Report of the Indian Hemp Drugs Commission, 1894-1895 - Volume IV
Year: 1894
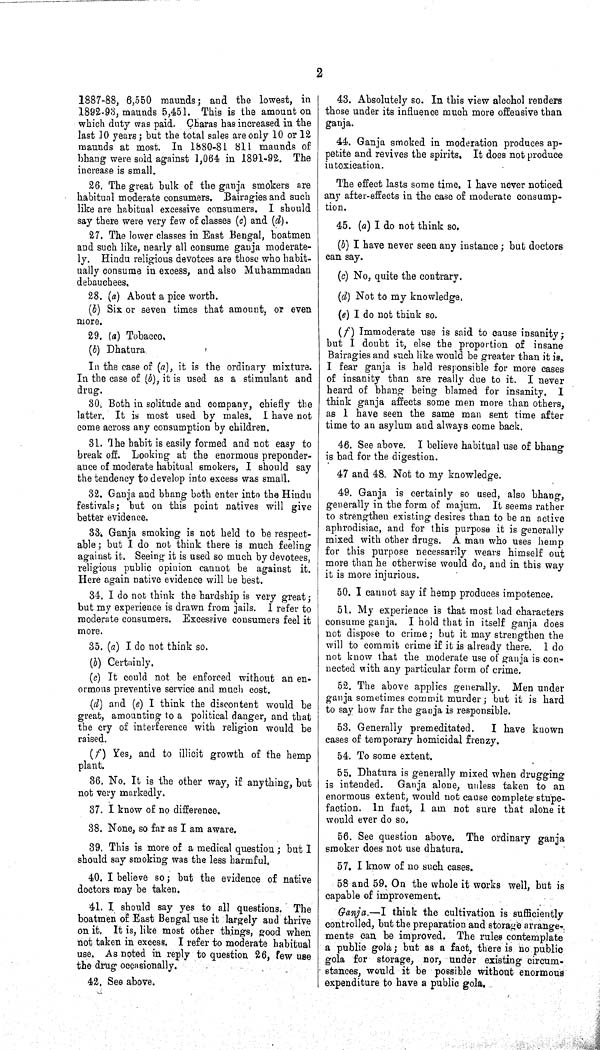
2
1887-88, 6,550 maunds; and the lowest, in
1892-93, maunds 5,451. This is the amount on
which duty was paid. Charas has increased in the
last 10 years; but the total sales are only 10 or 12
maunds at most. In 1880-81 811 maunds of
bhang were sold against 1,064 in 1891-92. The
increase is small.
26. The great bulk of the ganja smokers are
habitual moderate consumers. Bairagies and such
like are habitual excessive consumers. I should
say there were very few of classes (c) and (d).
27. The lower classes in East Bengal, boatmen
and such like, nearly all consume ganja moderate-
ly. Hindu religious devotees are those who habit-
ually consume in excess, and also Muhammadan
debauchees.
28. (a) About a pice worth.
(b) Six or seven times that amount, or even
more.
29. (a) Tobacco.
(b) Dhatura.
In the case of (a), it is the ordinary mixture.
In the case of (b), it is used as a stimulant and
drug.
30. Both in solitude and company, chiefly the
latter. It is most used by males. I have not
come across any consumption by children.
31. The habit is easily formed and not easy to
break off. Looking at the enormous preponder-
ance of moderate habitual smokers, I should say
the tendency to develop into excess was small.
32. Ganja and bhang both enter into the Hindu
festivals; but on this point natives will give
better evidence.
33. Ganja smoking is not held to be respect-
able; but I do not think there is much feeling
against it. Seeing it is used so much by devotees,
religious public opinion cannot be against it.
Here again native evidence will be best.
34. I do not think the hardship is very great;
but my experience is drawn from jails. I refer to
moderate consumers. Excessive consumers feel it
more.
35. (a) I do not think so.
(b) Certainly.
(c) It could not be enforced without an en-
ormous preventive service and much cost.
(d) and (e) I think the discontent would be
great, amounting to a political danger, and that
the cry of interference with religion would be
raised.
(f) Yes, and to illicit growth of the hemp
plant.
36. No. It is the other way, if anything, but
not very markedly.
37. I know of no difference.
38. None, so far as I am aware.
39. This is more of a medical question; but I
should say smoking was the less harmful.
40. I believe so; but the evidence of native
doctors may be taken.
41. I should say yes to all questions. The
boatmen of East Bengal use it largely and thrive
on it. It is, like most other things, good when
not taken in excess. I refer to moderate habitual
use. As noted in reply to question 26, few use
the drug occasionally.
42. See above.
43. Absolutely so. In this view alcohol renders
those under its influence much more offensive than
ganja.
44. Ganja smoked in moderation produces ap-
petite and revives the spirits. It does not produce
intoxication.
The effect lasts some time. I have never noticed
any after-effects in the case of moderate consump-
tion.
45. (a) I do not think so.
(b) I have never seen any instance; but doctors
can say.
(c) No, quite the contrary.
(d) Not to my knowledge.
(e) I do not think so.
(f) Immoderate use is said to cause insanity;
but I doubt it, else the proportion of insane
Bairagies and such like would be greater than it is.
I fear ganja is held responsible for more cases
of insanity than are really due to it. I never
heard of bhang being blamed for insanity. I
think ganja affects some men more than others,
as I have seen the same man sent time after
time to an asylum and always come back.
46. See above. I believe habitual use of bhang
is bad for the digestion.
47 and 48. Not to my knowledge.
49. Ganja is certainly so used, also bhang,
generally in the form of majum. It seems rather
to strengthen existing desires than to be an active
aphrodisiac, and for this purpose it is generally
mixed with other drugs. A man who uses hemp
for this purpose necessarily wears himself out
more than he otherwise would do, and in this way
it is more injurious.
50. I cannot say if hemp produces impotence.
51. My experience is that most bad characters
consume ganja. I hold that in itself ganja does
not dispose to crime; but it may strengthen the
will to commit crime if it is already there. I do
not know that the moderate use of ganja is con-
nected with any particular form of crime.
52. The above applies generally. Men under
ganja sometimes commit murder; but it is hard
to say how far the ganja is responsible.
53. Generally premeditated.
I have known
cases of temporary homicidal frenzy.
54. To some extent.
55. Dhatura is generally mixed when drugging
is intended. Ganja alone, unless taken to an
enormous extent, would not cause complete stupe-
faction. In fact, I am not sure that alone it
would ever do so.
56. See question above. The ordinary ganja
smoker does not use dhatura.
57. I know of no such cases.
58 and 59. On the whole it works well, but is
capable of improvement.
Ganja.—I think the cultivation is sufficiently
controlled, but the preparation and storage arrange-
ments can be improved. The rules contemplate
a public gola; but as a fact, there is no public
gola for storage, nor, under existing circum-
stances, would it be possible without enormous
expenditure to have a public gola.